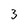
Character: 3